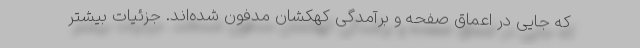
که جایی در اعماق صفحه و برآمدگی کهکشان مدفون شده‌اند. جزئیات بیشتر